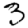
Digit: 3